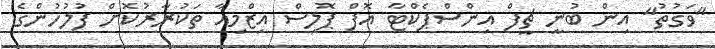
"ވަގުތު" އިން ބުނީ ޗީފް އިންސްޕެކްޓާ އޮފް ޕޮލިސް އިޒްމިއާ ތަކުރާރުކޮށް ފުލުހުންގެ